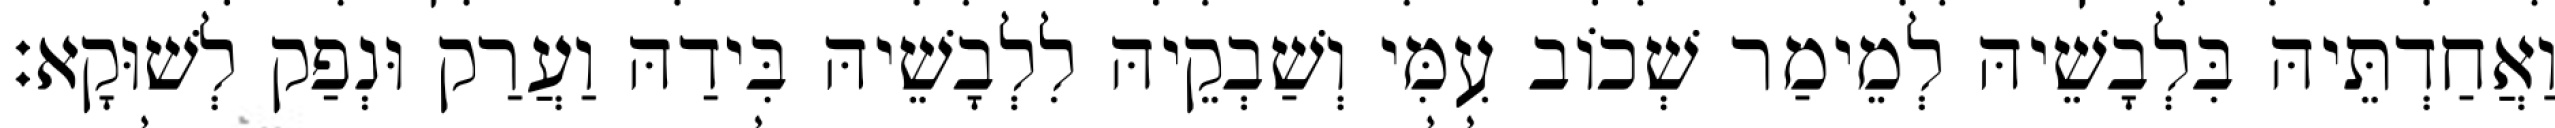
וַאֲחַדְתֵּיהּ בִּלְבָשֵׁיהּ לְמֵימַר שְׁכוֹב עִמִּי וְשַׁבְקֵיהּ לִלְבָשֵׁיהּ בִּידַהּ וַעֲרַק וּנְפַק לְשׁוּקָא׃